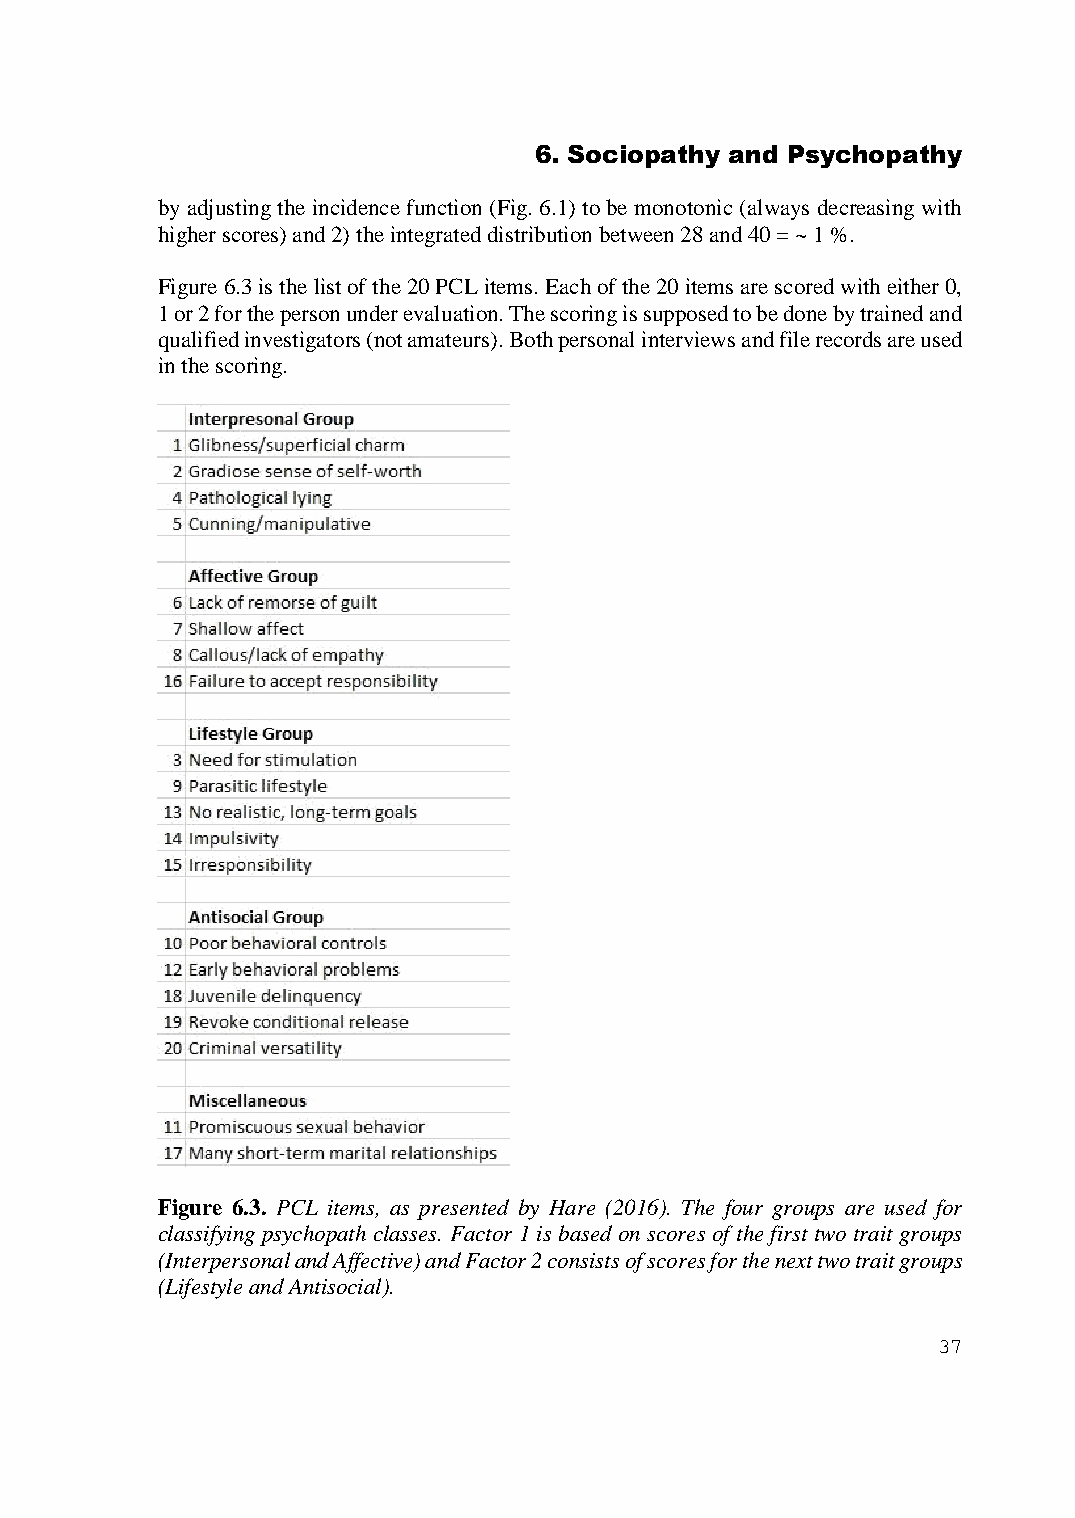
6. Sociopathy and Psychopathy
 by adjusting the incidence function (Fig. 6.1) to be monotonic (always decreasing with
 higher scores) and 2) the integrated distribution between 28 and 40 = ~ 1 %.
 Figure 6.3 is the list of the 20 PCL items. Each of the 20 items are scored with either 0,
 1 or 2 for the person under evaluation. The scoring is supposed to be done by trained and
 qualified investigators (not amateurs). Both personal interviews and file records are used
 in the scoring.
 Figure 6.3. PCL items, as presented by Hare (2016). The four groups are used for
 classifying psychopath classes. Factor 1 is based on scores of the first two trait groups
 (Interpersonal and Affective) and Factor 2 consists of scores for the next two trait groups
 (Lifestyle and Antisocial).
 37